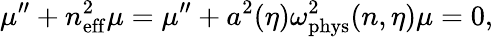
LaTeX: \mu^{\prime\prime}+n_{\mathrm{eff}}^{2}\mu=\mu^{\prime\prime}+a^{2}(\eta)\omega_{\mathrm{phys}}^{2}(n,\eta)\mu=0,